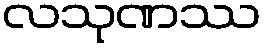
လသုဏဿ